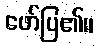
ဖော်ပြ၏။